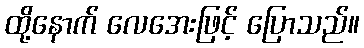
ထို့နောက် လေအေးဖြင့် ပြောသည်။